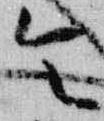
令